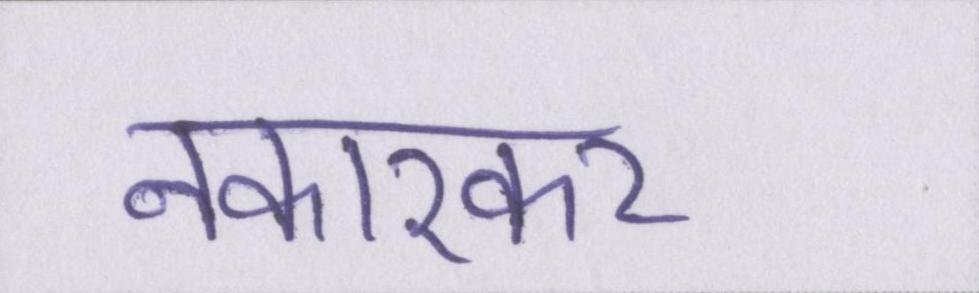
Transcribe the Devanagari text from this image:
नकारकर